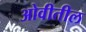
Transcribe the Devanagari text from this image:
ओवीतील